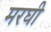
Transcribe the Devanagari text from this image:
मरघी